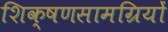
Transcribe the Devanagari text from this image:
शिक्षणसामग्रियों